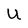
Character: U